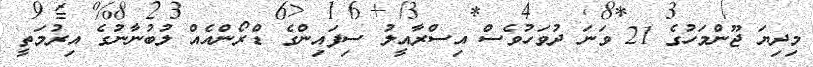
މިދިޔަ ޖޫންމަހުގެ 21 ވަނަ ދުވަހުވެސް އިސްރާއީލު ސިފައިންގެ ޑްރޯންއެއް ލުބުނާނުގެ އިރުމަތީ